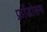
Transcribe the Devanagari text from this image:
फ्रोंडोसम